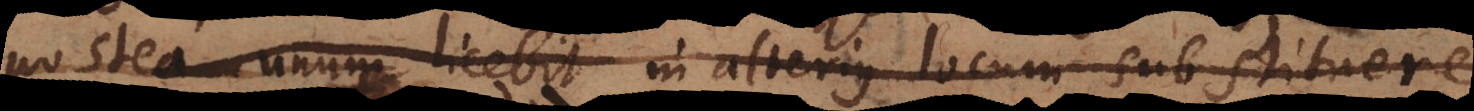
postea unum licebit in alterius locum substituere